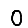
Digit: 0